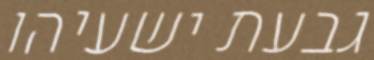
גבעת ישעיהו